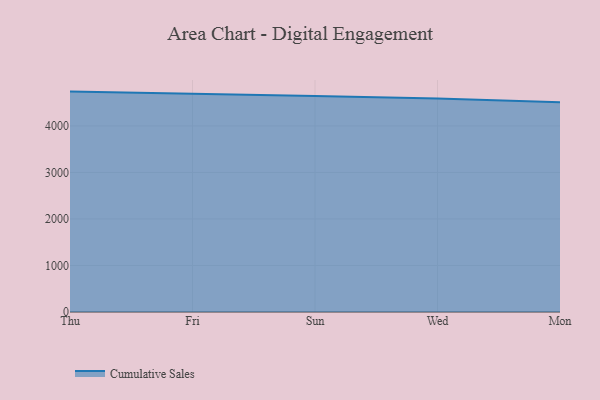
{"axis": {"x": "Day", "y": "Market Share (%)"}, "legend": ["Cumulative Sales"], "data": [{"x": "Thu", "y": 4739.3, "type": "Cumulative Sales"}, {"x": "Fri", "y": 4697.4, "type": "Cumulative Sales"}, {"x": "Sun", "y": 4642.2, "type": "Cumulative Sales"}, {"x": "Wed", "y": 4591.2, "type": "Cumulative Sales"}, {"x": "Mon", "y": 4510.7, "type": "Cumulative Sales"}]}